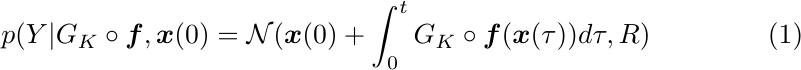
\begin{equation}
\label{p(y|u)}
p(Y|G_K\circ\boldsymbol{f},\boldsymbol{x}(0)=\mathcal{N}(\boldsymbol{x}(0)+\int_{0}^{t} G_K\circ \boldsymbol{f}(\boldsymbol{x}(\tau)) d\tau,R)
\end{equation}